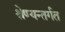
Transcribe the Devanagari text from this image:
श्रेण्यन्तर्गत